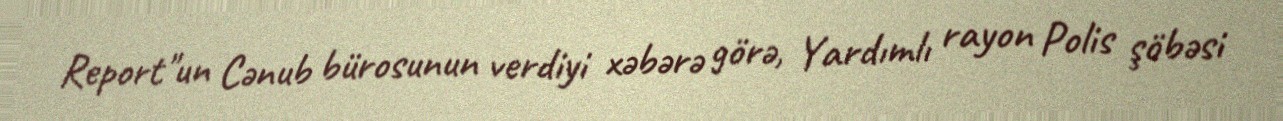
Report"un Cənub bürosunun verdiyi xəbərə görə, Yardımlı rayon Polis şöbəsi